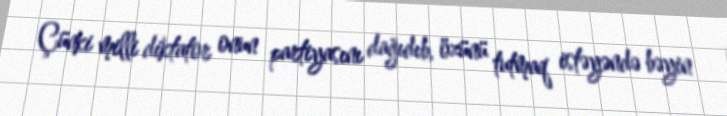
Çünki milli diktator onun partiyasını dağıdıb, özünü tutmaq istəyəndə bəyin